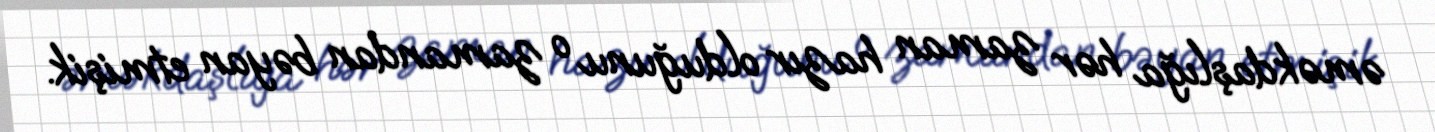
əməkdaşlığa hər zaman hazır olduğunu o zamandan bəyan etmişik.